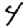
Digit: 4